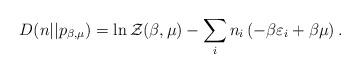
LaTeX: \begin{align*}D(n||p_{\beta,\mu}) &= \ln \mathcal{Z}(\beta,\mu) - \sum_i n_i \left( - \beta \varepsilon_i + \beta \mu \right).\end{align*}